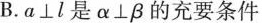
B.a⊥l是α⊥β的充要条件